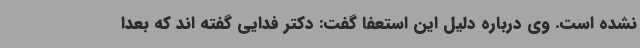
نشده است. وی درباره دلیل این استعفا گفت: دکتر فدایی گفته اند که بعدا